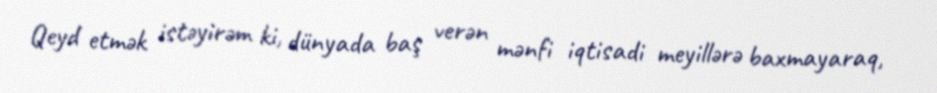
Qeyd etmək istəyirəm ki, dünyada baş verən mənfi iqtisadi meyillərə baxmayaraq,